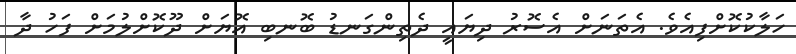
ހަލާކުކޮށްފިއެވެ. އެތަނަށް އެސޮރު ދިޔައީ ދެތިންގަނޑު ބޮނބި އޮޔަށް ދޫކޮށްލުމަށް ފަހު ދާ